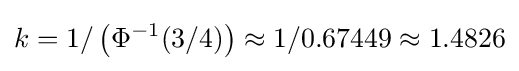
k=1/\left(\Phi ^{-1}(3/4)\right)\approx 1/0.67449\approx 1.4826